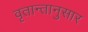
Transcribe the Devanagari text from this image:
वृतान्तानुसार